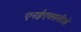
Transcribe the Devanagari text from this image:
एनईएक्ससीओ